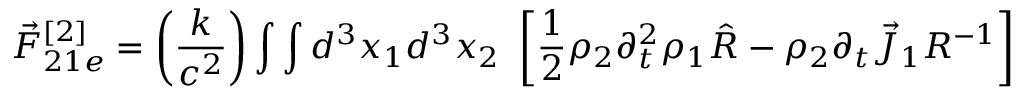
\vec { F } _ { 2 1 e } ^ { [ 2 ] } = \left( \frac { k } { c ^ { 2 } } \right) \int \int d ^ { 3 } x _ { 1 } d ^ { 3 } x _ { 2 } ~ \left[ \frac { 1 } { 2 } \rho _ { 2 } \partial _ { t } ^ { 2 } \rho _ { 1 } \hat { R } - \rho _ { 2 } \partial _ { t } \vec { J } _ { 1 } R ^ { - 1 } \right]